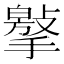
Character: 𢵿